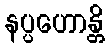
နပ္ပဟောန္တိ